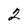
Character: 2